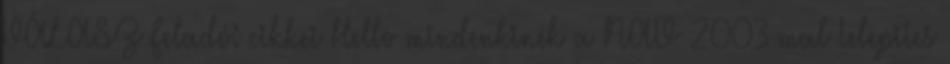
VÁLASZ Feladó: cikkei Hello mindenkinek a NAV 2003-mal telepites